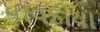
ધાવડીયા